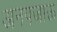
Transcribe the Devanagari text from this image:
अनपजाऊ